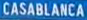
CASABLANCA